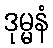
ဒုမ္မနံ